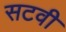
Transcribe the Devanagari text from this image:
सटवी